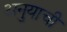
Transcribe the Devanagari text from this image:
अनुयाची